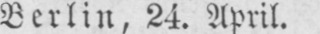
Berlin, 24. April.